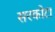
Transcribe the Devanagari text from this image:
सरकोटा